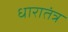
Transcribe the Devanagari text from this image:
धारातंत्र